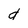
Character: d